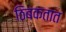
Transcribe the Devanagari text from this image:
ठिबकतात